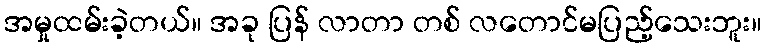
အမှုထမ်းခဲ့တယ်။ အခု ပြန် လာတာ တစ် လတောင်မပြည့်သေးဘူး။